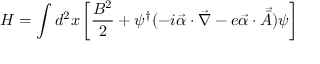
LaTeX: H = \int d ^ { 2 } x \left[ \frac { B ^ { 2 } } { 2 } + \psi ^ { \dag } ( - i { \vec { \alpha } } \cdot \vec { \nabla } - e { \vec { \alpha } } \cdot { \vec { { \bar { A } } } } ) \psi \right]